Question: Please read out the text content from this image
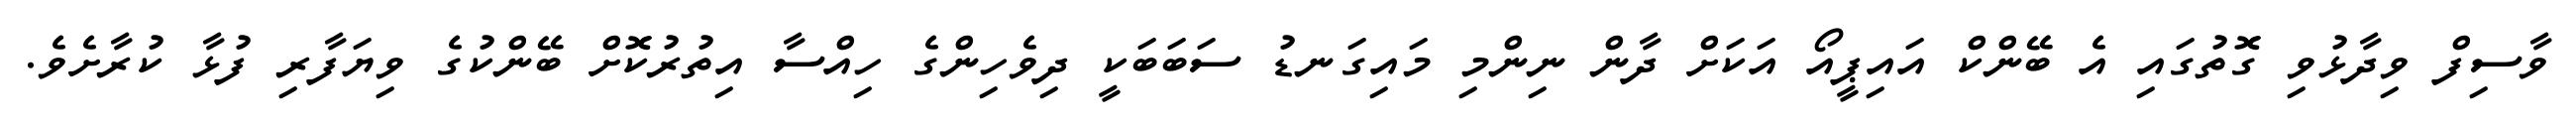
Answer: ވާސިފް ވިދާޅުވި ގޮތުގައި އެ ބޭންކް އައިޕީއޯ އަކަށް ދާން ނިންމި މައިގަނޑު ސަބަބަކީ ދިވެހިންގެ ހިއްސާ އިތުރުކޮށް ބޭންކުގެ ވިޔަފާރި ފުޅާ ކުރާށެވެ.